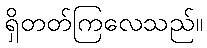
ရှိတတ်ကြလေသည်။